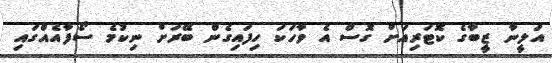
އަލީނާ ޒީބާގެ ކޮޓަރިއަށް ގޮސް އެ ވާހަކަ ހިފައިގެން ބޭރަށް ނިކުމެ ސޯފާއެއްގައި